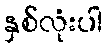
နှစ်လုံးပါ